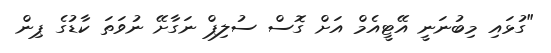
"ގުޅައި މިބުނަނީ އޭޓީއެމް އަށް ގޮސް ސުލިޕް ނަގާށޭ ނުވަތަ ކާޑުގެ ޕިން